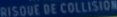
RISQUE DE COLLISION